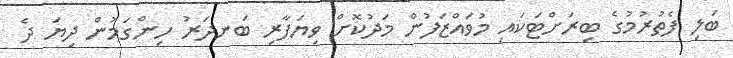
ބަލި ފެތުރުމުގެ ބިރަށްޓަކައި މުވައްޒަފުން މަދުކޮށް ވިޔަފާރި ބަނދަރު ހިންގަމުން ދިޔަ ދެ